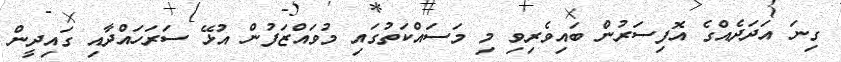
ގިނަ އަދަދެއްގެ އޮފިސަރުން ބައިވެރިވި މި މަސައްކަތުގައި މުވައްޒަފުން އުޅޭ ސަރަހައްދާއި ގައިދީން